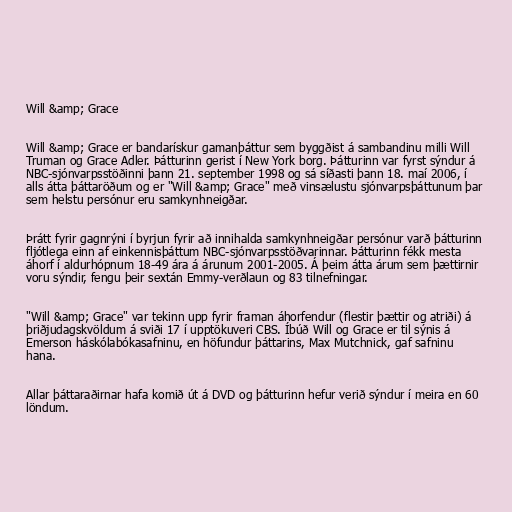
Will &amp; Grace

Will &amp; Grace er bandarískur gamanþáttur sem byggðist á sambandinu milli Will
Truman og Grace Adler. Þátturinn gerist í New York borg. Þátturinn var fyrst sýndur á
NBC-sjónvarpsstöðinni þann 21. september 1998 og sá síðasti þann 18. maí 2006, í
alls átta þáttaröðum og er "Will &amp; Grace" með vinsælustu sjónvarpsþáttunum þar
sem helstu persónur eru samkynhneigðar.

Þrátt fyrir gagnrýni í byrjun fyrir að innihalda samkynhneigðar persónur varð þátturinn
fljótlega einn af einkennisþáttum NBC-sjónvarpsstöðvarinnar. Þátturinn fékk mesta
áhorf í aldurhópnum 18-49 ára á árunum 2001-2005. Á þeim átta árum sem þættirnir
voru sýndir, fengu þeir sextán Emmy-verðlaun og 83 tilnefningar.

"Will &amp; Grace" var tekinn upp fyrir framan áhorfendur (flestir þættir og atriði) á
þriðjudagskvöldum á sviði 17 í upptökuveri CBS. Íbúð Will og Grace er til sýnis á
Emerson háskólabókasafninu, en höfundur þáttarins, Max Mutchnick, gaf safninu
hana.

Allar þáttaraðirnar hafa komið út á DVD og þátturinn hefur verið sýndur í meira en 60
löndum.